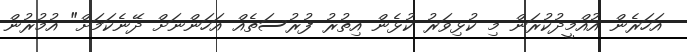
އަހަރެން އުއްމީދުކުރަން މި ކުޅިވަރު ކުޅެން އިތުރު ފުރުސަތެއް އަހަންނަށް ދޭނެކަމަށް" އުމުރުން